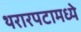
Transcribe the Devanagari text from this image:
थरारपटामध्ये